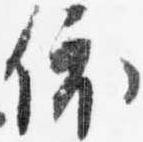
依